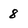
Character: 8